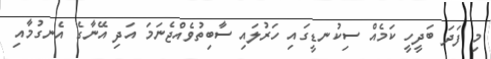
މި ފަދަ ބަދީހީ ކަމެއް ސިކުނޑީގައި ހަރުލައި ސާބިތުވެއްޖެނަމަ އަދި އޭނާގެ އެނގުމާއި